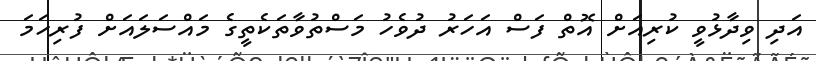
އަދި ވިދާޅުވީ ކުރިއަށް އޮތް ފަސް އަހަރު ދުވެހު މަސްތުވާތަކެތީގެ މައްސަލައަށް ފުރިހަމަ